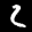
Label: 2